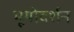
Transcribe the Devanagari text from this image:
भूयोदर्शन